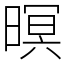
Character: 暝